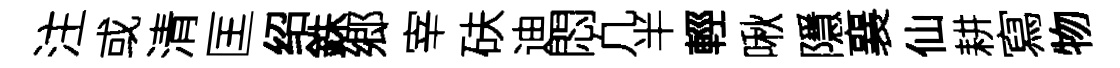
注或清匡绍銖郷宰砆迪悶凢半輕啾隱襄仙耕寫物